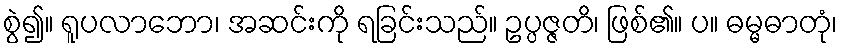
စွဲ၍။ ရူပလာဘော၊ အဆင်းကို ရခြင်းသည်။ ဥပ္ပဇ္ဇတိ၊ ဖြစ်၏။ ပ။ ဓမ္မဓာတုံ၊